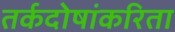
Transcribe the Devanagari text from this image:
तर्कदोषांकरिता